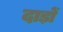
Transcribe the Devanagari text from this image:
दाड़ों